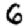
Digit: 6